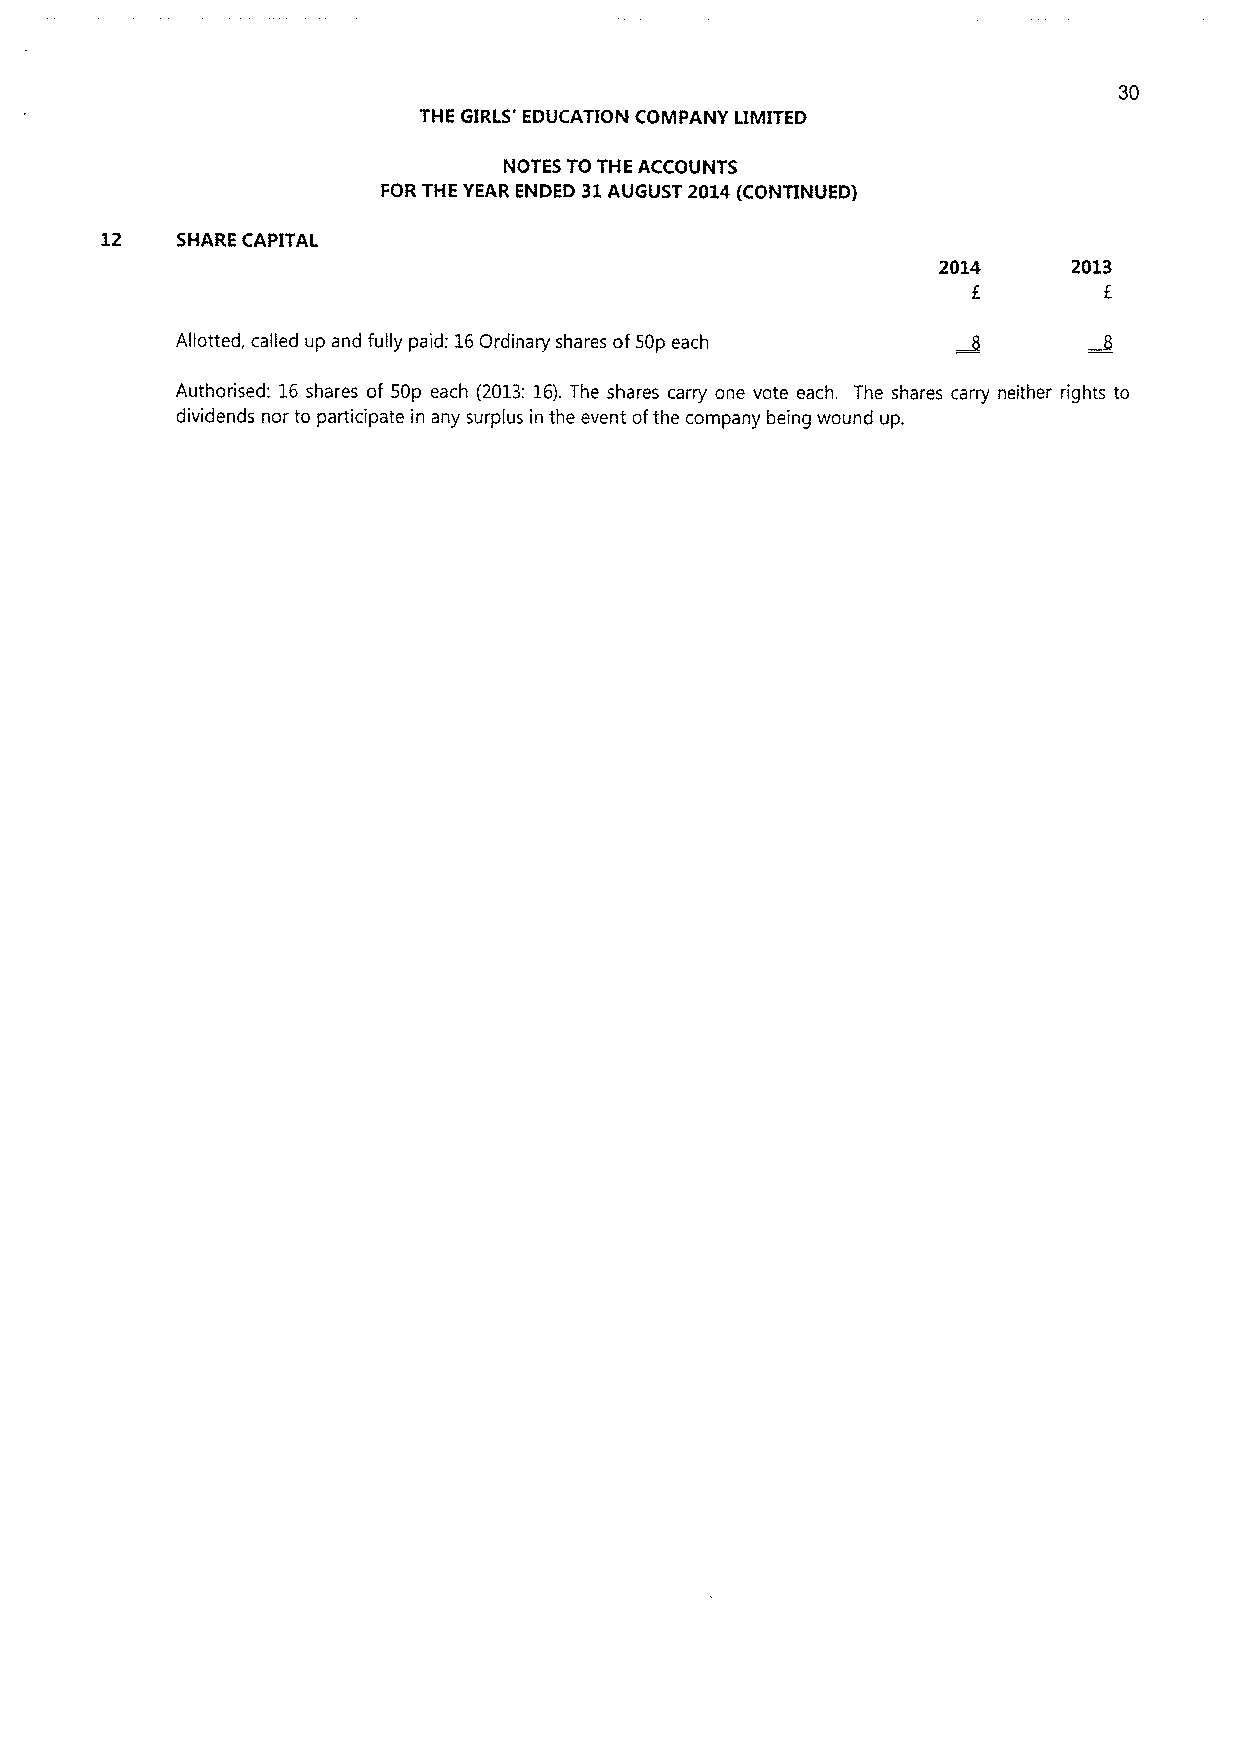
30
 THE GIRLS' EDUCATION COMPANY LIMITED
 NOTES TO THE ACCOUNTS
 FOR THE YEAR ENDED 31AUGUST 2014(CONTINUED)
 12   SHARE CAPITAL
 2014     2013
 f
 Allotted, called up and fully paid: 16Ordinary shares of50p each
 Authorised: 16shares of 50p each (2013:16).The shares carry one vote each. The shares carry neither rights to
 dividends nor to participate in any surplus in the event ofthe company being wound up.